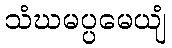
သံဃမပ္ပမေယျံ